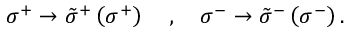
\sigma ^ { + } \rightarrow \tilde { \sigma } ^ { + } \left( \sigma ^ { + } \right) \, \, \, \, \, \, , \, \, \, \, \, \, \sigma ^ { - } \rightarrow \tilde { \sigma } ^ { - } \left( \sigma ^ { - } \right) .